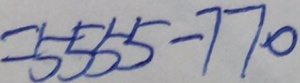
= 5 5 5 5 - 7 7 0